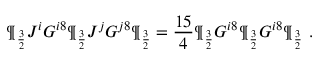
\P _ { \frac { 3 } { 2 } } J ^ { i } G ^ { i 8 } \P _ { \frac { 3 } { 2 } } J ^ { j } G ^ { j 8 } \P _ { \frac { 3 } { 2 } } = { \frac { 1 5 } { 4 } } \P _ { \frac { 3 } { 2 } } G ^ { i 8 } \P _ { \frac { 3 } { 2 } } G ^ { i 8 } \P _ { \frac { 3 } { 2 } } \ .